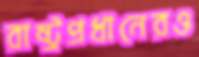
রাষ্ট্রপ্রধানেরও